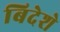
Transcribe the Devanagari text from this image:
बिदेशे